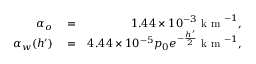
\begin{array} { r l r } { \alpha _ { o } } & { { } = } & { 1 . 4 4 \times 1 0 ^ { - 3 } \mathrm { ~ k ~ m ~ } ^ { - 1 } , } \\ { \alpha _ { w } ( h ^ { \prime } ) } & { { } = } & { 4 . 4 4 \times 1 0 ^ { - 5 } p _ { 0 } e ^ { - \frac { h ^ { \prime } } { 2 } } \mathrm { ~ k ~ m ~ } ^ { - 1 } , } \end{array}